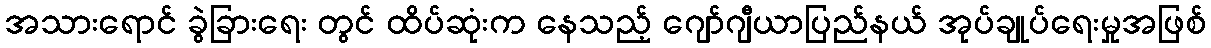
အသားရောင် ခွဲခြားရေး တွင် ထိပ်ဆုံးက နေသည့် ဂျော်ဂျီယာပြည်နယ် အုပ်ချုပ်ရေးမှုအဖြစ်